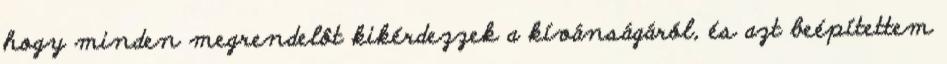
hogy minden megrendelôt kikérdezzek a kívánságáról, és azt beépítettem